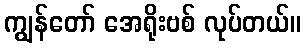
ကျွန်တော် အေရိုးဗစ် လုပ်တယ်။